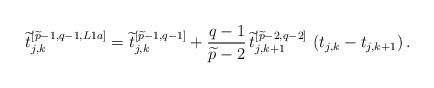
\begin{align*}\widetilde{t}_{j,k}^{\left[\widetilde{p}-1,q-1,L1a\right]} = \widetilde{t}_{j,k}^{\left[\widetilde{p}-1,q-1\right]} +{q-1 \over \widetilde{p}-2}\,\widetilde{t}_{j,k+1}^{\left[\widetilde{p}-2,q-2\right]}\,\left(t_{j,k}-t_{j,k+1}\right).\end{align*}